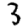
Digit: 3